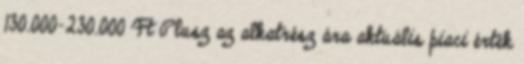
130.000-230.000 Ft Plusz az alkatrész ára aktuális piaci érték